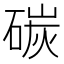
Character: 碳